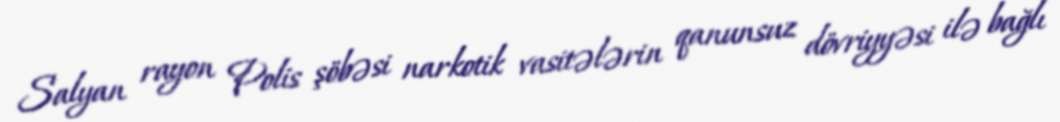
Salyan rayon Polis şöbəsi narkotik vasitələrin qanunsuz dövriyyəsi ilə bağlı